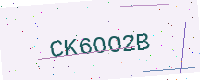
Text: CK6OO2B